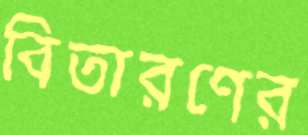
বিতারণের